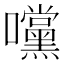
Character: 𭍀